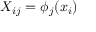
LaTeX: X _ { i j } = \phi _ { j } ( x _ { i } )